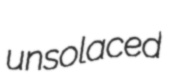
unsolaced